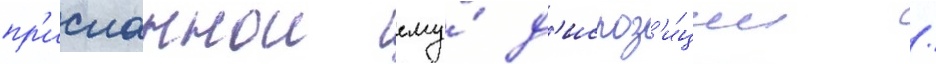
пр'исланнои ему́ д'испоз'и́ции /